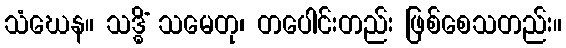
သံဃေန။ သဒ္ဓိံ သမေတု၊ တပေါင်းတည်း ဖြစ်စေသတည်း။